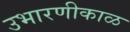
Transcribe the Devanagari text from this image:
उभारणीकाळ